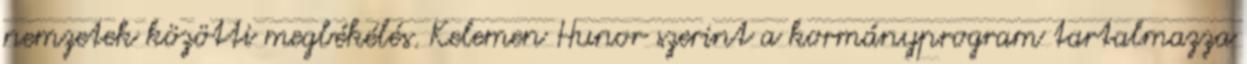
nemzetek közötti megbékélés. Kelemen Hunor szerint a kormányprogram tartalmazza